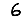
Digit: 6